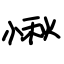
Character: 愀